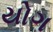
યોગ